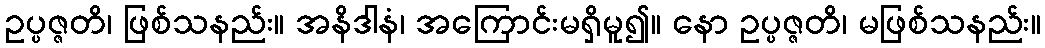
ဥပ္ပဇ္ဇတိ၊ ဖြစ်သနည်း။ အနိဒါနံ၊ အကြောင်းမရှိမူ၍။ နော ဥပ္ပဇ္ဇတိ၊ မဖြစ်သနည်း။